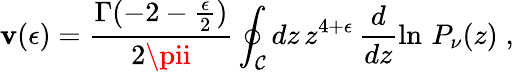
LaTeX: \mathbf{v}(\epsilon)=\frac{{\Gamma(-2-{\frac{{\epsilon}}{{2}}})}}{{2\pii}}\oint_{\mathcal{C}}dz\, z^{4+\epsilon}\, \frac{{d}}{{dz}}\ln\, P_{\nu}(z)\; ,